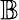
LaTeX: \mathbb{B}